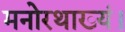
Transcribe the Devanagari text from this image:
मनोरथाख्यं।